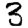
Digit: 3